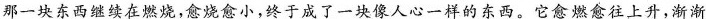
那一块东西继续在燃烧，愈烧愈小，终于成了一块像人心一样的东西。它愈燃愈往上升，渐渐